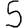
Digit: 5